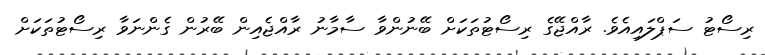
ރިސޯޓު ސަޕްލައިއެވެ. ރާއްޖޭގެ ރިސޯޓުތަކަށް ބޭނުންވާ ސާމާނު ރާއްޖެއިން ބޭރުން ގެންނަވާ ރިސޯޓުތަކަށް